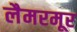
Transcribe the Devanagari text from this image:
लैमरमूर